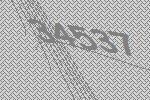
34537